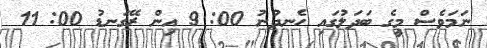
ނަމަވެސް މީގެ ބަދަލުގައި ހެނދުނު 00: 9 އިން ރޭގަނޑު 00: 11